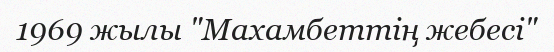
1969 жылы "Махамбеттің жебесі"